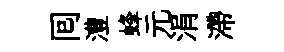
囘澧蜂元涓滯